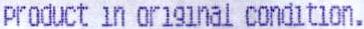
PRODUCT IN ORIGINAL CONDITION.